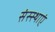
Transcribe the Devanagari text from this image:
संस्स्थाएं